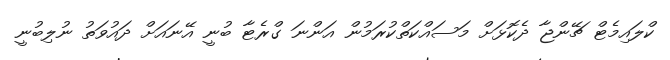
ކްލައިމެޓް ޗޭންޖާ ދެކޮޅަށް މަސައްކަތްކުރަމުން އަންނަ ގްރެޓާ ބުނީ އޭނައަށް ދައުވަތު ނުލިބުނީ